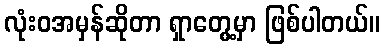
လုံးဝအမှန်ဆိုတာ ရှာတွေ့မှာ ဖြစ်ပါတယ်။